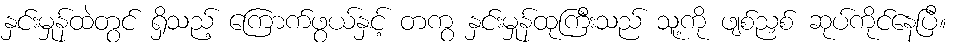
နှင်းမှုန်ထဲတွင် ရှိသည့် ကြောက်ဖွယ်နှင့် တကွ နှင်းမှုန်ထုကြီးသည် သူ့ကို ဖျစ်ညှစ် ဆုပ်ကိုင်နေပြီ။